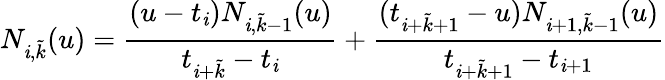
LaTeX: N_{\mathit{i},\tilde{{k}}}(u)=\frac{{(u-t_{\mathit{i}})N_{\mathit{i},\tilde{{k}}-1}(u)}}{{t_{\mathit{i}+\tilde{{k}}}-t_{\mathit{i}}}}+\frac{{(t_{\mathit{i}+\tilde{{k}}+1}-u)N_{\mathit{i}+1,\tilde{{k}}-1}(u)}}{{t_{\mathit{i}+\tilde{{k}}+1}-t_{\mathit{i}+1}}}